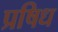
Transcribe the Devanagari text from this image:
प्रषिध